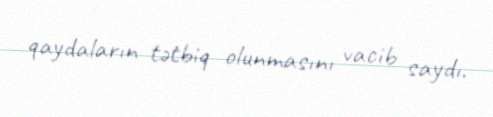
qaydaların tətbiq olunmasını vacib saydı.